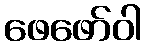
ဖေဖော်ဝါ